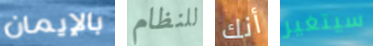
بالإيمان للنظام أنك سيتغير